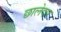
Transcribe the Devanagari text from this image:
छालेदार